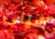
شيلى